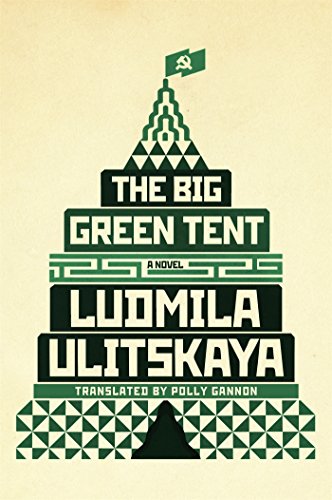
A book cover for The Big Green Tent: A Novel; Ludmila Ulitskaya; Literature & Fiction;